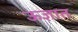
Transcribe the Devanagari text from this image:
ऊज्ञात